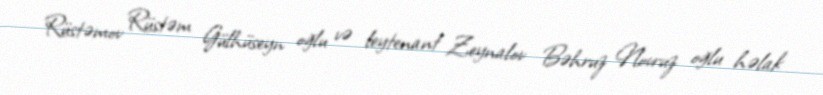
Rüstəmov Rüstəm Gülhüseyn oğlu və leytenant Zeynalov Bəhruz Novruz oğlu həlak